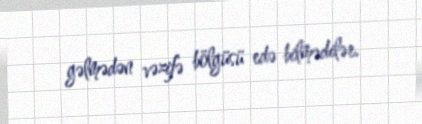
gəlmədən vəzifə bölgüsü edə bilmədilər.